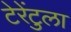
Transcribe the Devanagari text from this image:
टेरेंटुला